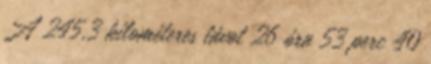
A 245,3 kilométeres távot 26 óra 53 perc 40